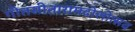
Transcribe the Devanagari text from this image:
गीतसीतारामदोलोत्सव